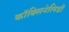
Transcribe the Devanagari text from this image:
कॉक्सिनेलिडी